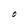
Character: O